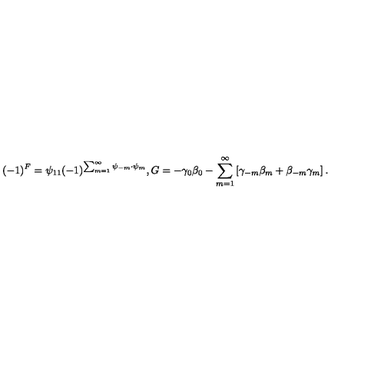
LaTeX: ( - 1 ) ^ { F } = \psi _ { 1 1 } ( - 1 ) ^ { \sum _ { m = 1 } ^ { \infty } \psi _ { - m } \cdot \psi _ { m } } , { G } = - \gamma _ { 0 } \beta _ { 0 } - \sum _ { m = 1 } ^ { \infty } \left[ \gamma _ { - m } \beta _ { m } + \beta _ { - m } \gamma _ { m } \right] .